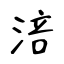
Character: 涪